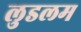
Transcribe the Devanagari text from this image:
लुडलम